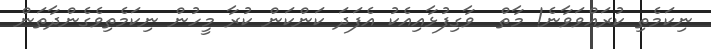
ނިކަމެތި ކުރައްވަވާނެ! މާތް  ވާގިފުޅާއިއެކު އެފަދަ ކަންކަން ކުރާ މީހުން ނިކަމެތިވެގެންދާތަން